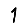
Digit: 1